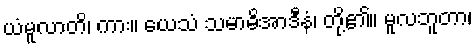
ယံမူလာတိ၊ ကား။ ယေသံ သမာဓိအာဒီနံ၊ တို့၏။ မူလဘူတာ၊